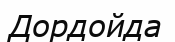
Дордойда